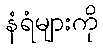
နံရံများကို